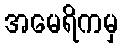
အမေရိကမှ